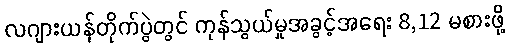
လဂျားယန်တိုက်ပွဲတွင် ကုန်သွယ်မှုအခွင့်အရေး 8,12 မစားဖို့